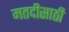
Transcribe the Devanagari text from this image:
मतदीसाठी